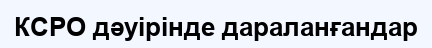
КСРО дәуірінде дараланғандар